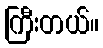
ကြီးတယ်။